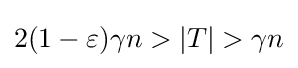
2(1-\varepsilon )\gamma n>|T|>\gamma n